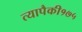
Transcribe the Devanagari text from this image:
त्यापैकी१७५